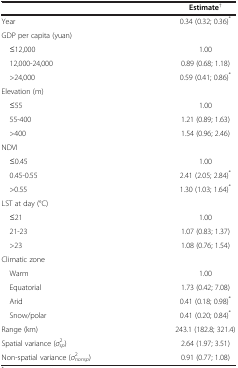
<table><thead><tr><td><b> </b></td><td><b>Estimate<sup>†</sup></b></td></tr></thead><tbody><tr><td>Year</td><td>0.34 (0.32; 0.36)<sup>*</sup></td></tr><tr><td colspan="2">GDP per capita (yuan)</td></tr><tr><td> ≤12,000</td><td>1.00</td></tr><tr><td> 12,000-24,000</td><td>0.89 (0.68; 1.18)</td></tr><tr><td> &gt;24,000</td><td>0.59 (0.41; 0.86)<sup>*</sup></td></tr><tr><td colspan="2">Elevation (m)</td></tr><tr><td> ≤55</td><td>1.00</td></tr><tr><td> 55-400</td><td>1.21 (0.89; 1.63)</td></tr><tr><td> &gt;400</td><td>1.54 (0.96; 2.46)</td></tr><tr><td colspan="2">NDVI</td></tr><tr><td> ≤0.45</td><td>1.00</td></tr><tr><td> 0.45-0.55</td><td>2.41 (2.05; 2.84)<sup>*</sup></td></tr><tr><td> &gt;0.55</td><td>1.30 (1.03; 1.64)<sup>*</sup></td></tr><tr><td colspan="2">LST at day (°C)</td></tr><tr><td> ≤21</td><td>1.00</td></tr><tr><td> 21-23</td><td>1.07 (0.83; 1.37)</td></tr><tr><td> &gt;23</td><td>1.08 (0.76; 1.54)</td></tr><tr><td colspan="2">Climatic zone</td></tr><tr><td> Warm</td><td>1.00</td></tr><tr><td> Equatorial</td><td>1.73 (0.42; 7.08)</td></tr><tr><td> Arid</td><td>0.41 (0.18; 0.98)<sup>*</sup></td></tr><tr><td> Snow/polar</td><td>0.41 (0.20; 0.84)<sup>*</sup></td></tr><tr><td>Range (km)</td><td>243.1 (182.8; 321.4)</td></tr><tr><td>Spatial variance (<i>σ</i><sup>2</sup><sub><i>sp</i></sub>)</td><td>2.64 (1.97; 3.51)</td></tr><tr><td>Non-spatial variance (<i>σ</i><sup>2</sup><sub><i>nonsp</i></sub>)</td><td>0.91 (0.77; 1.08)</td></tr></tbody></table>